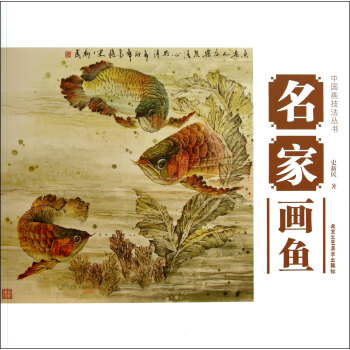
桃花水到报平渠，喜动新流见跃鱼。